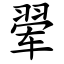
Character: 翚